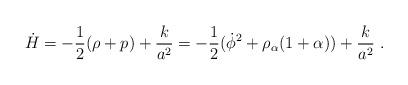
LaTeX: \begin{align*}\dot H=-{1 \over 2}(\rho + p) + {k \over a^2} = -{1 \over 2}(\dot \phi^2 +\rho_\alpha(1+ \alpha)) + {k \over a^2} \ .\end{align*}